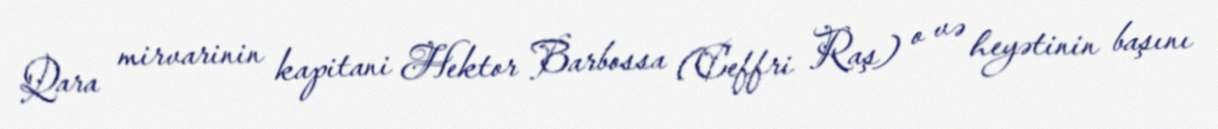
Qara mirvarinin kapitani Hektor Barbossa (Ceffri Raş) o və heyətinin başını